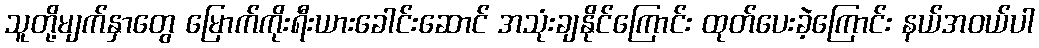
သူတို့မျက်နှာတွေ မြောက်ကိုးရီးယားခေါင်းဆောင် အသုံးချနိုင်ကြောင်း ထုတ်ပေးခဲ့ကြောင်း နယ်အဝယ်ပါ